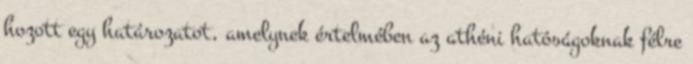
hozott egy határozatot, amelynek értelmében az athéni hatóságoknak félre